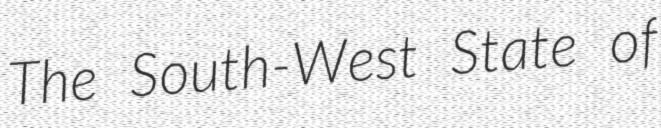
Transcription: The South-West State of